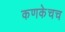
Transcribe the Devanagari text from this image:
कणकेचच